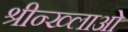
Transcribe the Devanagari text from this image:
श्रीन्ख्लाओ